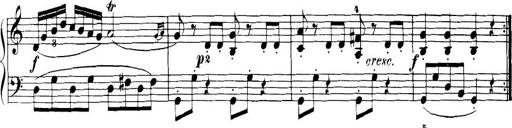
Title: 32 Sonatinas and Rondos for the Piano
Composer: Richard Kleinmichel